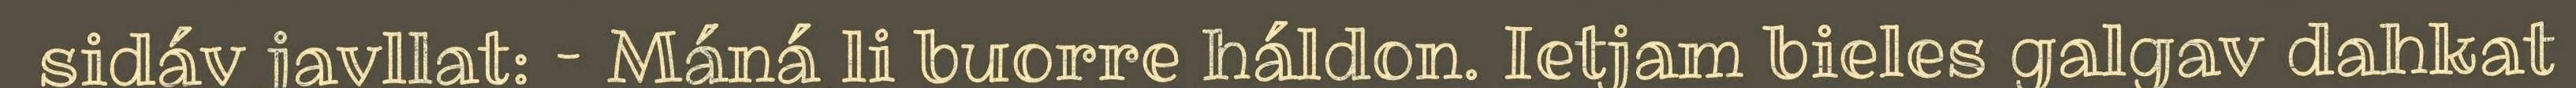
sidáv javllat: – Máná li buorre háldon. Ietjam bieles galgav dahkat